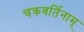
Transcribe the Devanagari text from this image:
चक्रवर्तिनाम्